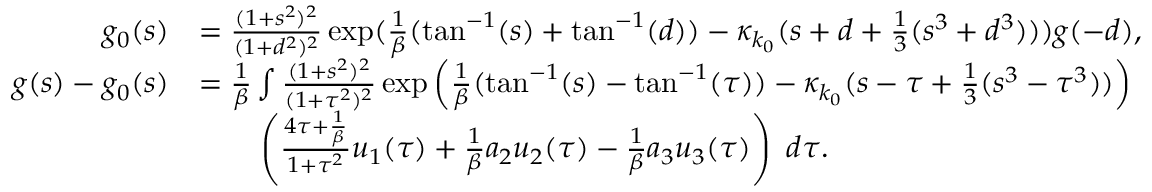
\begin{array} { r l } { g _ { 0 } ( s ) } & { = \frac { ( 1 + s ^ { 2 } ) ^ { 2 } } { ( 1 + d ^ { 2 } ) ^ { 2 } } \exp ( \frac 1 \beta ( \tan ^ { - 1 } ( s ) + \tan ^ { - 1 } ( d ) ) - \kappa _ { k _ { 0 } } ( s + d + \frac 1 3 ( s ^ { 3 } + d ^ { 3 } ) ) ) g ( - d ) , } \\ { g ( s ) - g _ { 0 } ( s ) } & { = \frac 1 \beta \int \frac { ( 1 + s ^ { 2 } ) ^ { 2 } } { ( 1 + \tau ^ { 2 } ) ^ { 2 } } \exp \left( \frac 1 \beta ( \tan ^ { - 1 } ( s ) - \tan ^ { - 1 } ( \tau ) ) - \kappa _ { k _ { 0 } } ( s - \tau + \frac 1 3 ( s ^ { 3 } - \tau ^ { 3 } ) ) \right) } \\ & { \qquad \left( \frac { 4 \tau + \frac 1 \beta } { 1 + \tau ^ { 2 } } u _ { 1 } ( \tau ) + \frac 1 \beta a _ { 2 } u _ { 2 } ( \tau ) - \frac 1 \beta a _ { 3 } u _ { 3 } ( \tau ) \right) \ d \tau . } \end{array}